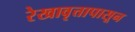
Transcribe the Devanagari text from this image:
रेखावृत्तापासून